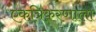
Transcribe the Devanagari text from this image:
एकत्रिकरणाला